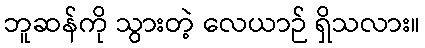
ဘူဆန်ကို သွားတဲ့ လေယာဉ် ရှိသလား။